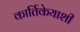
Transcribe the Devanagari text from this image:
कार्तिकेयाशी